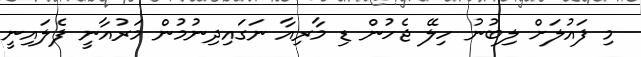
މި ފައުލަށް ލިބުނު ހިލޭ ޖެހުން ޑި މާރިއާ ނަގައިދިނުމުން މަރުއާނީ ފެލައިނީ